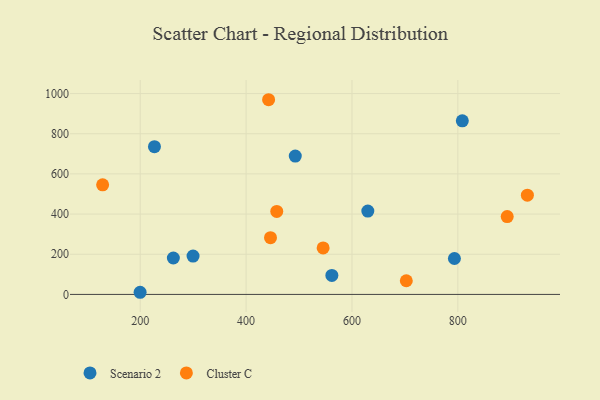
{"axis": {"x": "Investment", "y": "Rating"}, "legend": ["Cluster C", "Scenario 2"], "data": [{"x": "226.9", "y": 735.4, "type": "Scenario 2"}, {"x": "562.0", "y": 94.6, "type": "Scenario 2"}, {"x": "492.9", "y": 688.5, "type": "Scenario 2"}, {"x": "299.8", "y": 191.0, "type": "Scenario 2"}, {"x": "262.6", "y": 181.2, "type": "Scenario 2"}, {"x": "793.5", "y": 178.9, "type": "Scenario 2"}, {"x": "629.9", "y": 415.0, "type": "Scenario 2"}, {"x": "808.4", "y": 864.3, "type": "Scenario 2"}, {"x": "199.8", "y": 10.7, "type": "Scenario 2"}, {"x": "893.2", "y": 387.4, "type": "Cluster C"}, {"x": "442.5", "y": 969.2, "type": "Cluster C"}, {"x": "931.3", "y": 494.3, "type": "Cluster C"}, {"x": "545.5", "y": 231.5, "type": "Cluster C"}, {"x": "457.9", "y": 413.1, "type": "Cluster C"}, {"x": "446.1", "y": 282.5, "type": "Cluster C"}, {"x": "702.6", "y": 68.1, "type": "Cluster C"}, {"x": "129.0", "y": 545.6, "type": "Cluster C"}]}